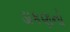
ડાકણનો